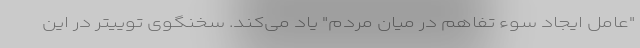
"عامل ایجاد سوء تفاهم در میان مردم" یاد می‌کند. سخنگوی توییتر در این